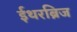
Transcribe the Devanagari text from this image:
ईथरब्रिज